Vaccination in Burma 1920-1933 - 1920-1933
Year: 1920
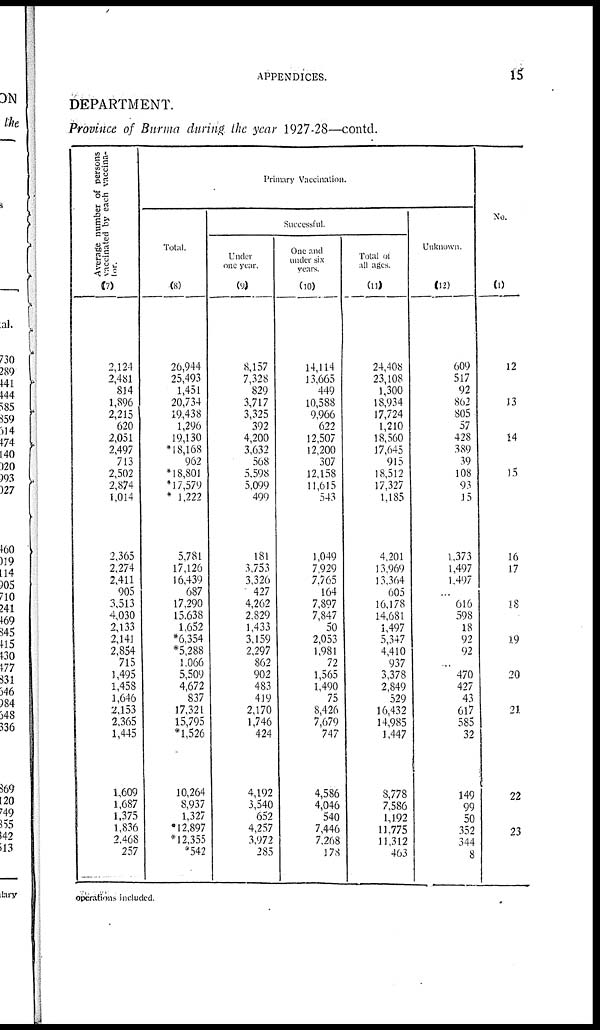
APPENDICES.
15
DEPARTMENT.
Province of Burma during the year 1927-28—contd.
Average number of persons
vaccinated by each vaccina¬
tor.
(7)
2,124
2,481
814
1,896
2,215
620
2,051
2,497
713
2,502
2,874
1,014
2,365
2,274
2,411
905
3,513
4,030
2,133
2,141
2,854
715
1,495
1,458
1,646
2,153
2,365
1,445
1,609
1,687
1,375
1,836
2,468
257
Primary Vaccination.
Total.
(8)
26,944
25,493
1,451
20,734
19,438
1,296
19,130
*18,168
962
*18,801
*17,579
* 1,222
5,781
17,126
16,439
687
17,290
15,638
1,652
*6,354
*5,288
1,066
5,509
4,672
837
17,321
15,795
*1,526
10,264
8,937
1,327
*12,897
*12,355
*542
Successful.
Under
one year.
(9)
8,157
7,328
829
3,717
3,325
392
4,200
3,632
568
5,598
5,099
499
181
3,753
3,326
427
4,262
2,829
1,433
3,159
2,297
862
902
483
419
2,170
1,746
424
4,192
3,540
652
4,257
3,972
285
One and
under six
years.
(10)
14,114
13,665
449
10,588
9,966
622
12,507
12,200
307
12,158
11,615
543
1,049
7,929
7,765
164
7,897
7,847
50
2,053
1,981
72
1,565
1,490
75
8,426
7,679
747
4,586
4,046
540
7,446
7,268
178
Total of
all ages.
(11)
24,408
23,108
1,300
18,934
17,724
1,210
18,560
17,645
915
18,512
17,327
1,185
4,201
13,969
13,364
605
16,178
14,681
1,497
5,347
4,410
937
3,378
2,849
529
16,432
14,985
1,447
8,778
7,586
1,192
11,775
11,312
463
Unknown.
(12)
609
517
92
862
805
57
428
389
39
108
93
15
1,373
1,497
1,497
...
616
598
18
92
92
...
470
427
43
617
585
32
149
99
50
352
344
8
No.
(1)
12
13
14
15
16
17
18
19
20
21
22
23
operations included.